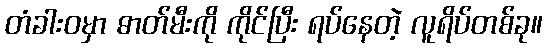
တံခါးဝမှာ ဓာတ်မီးကို ကိုင်ပြီး ရပ်နေတဲ့ လူရိပ်တစ်ခု။